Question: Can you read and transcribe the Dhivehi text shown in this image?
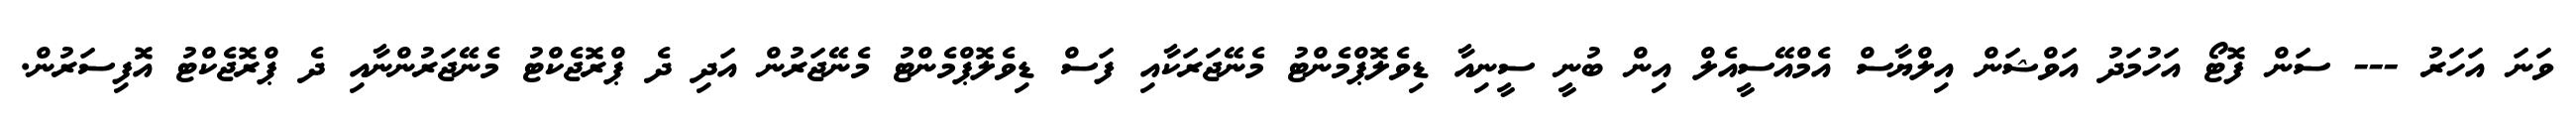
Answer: ވަނަ އަހަރު --- ސަން ފޮޓޯ އަހުމަދު އަވްޝަން އިލްޔާސް އެމްއޭސީއެލް އިން ބުނީ ސީނިއާ ޑިވެލޮޕްމެންޓު މެނޭޖަރަކާއި ފަސް ޑިވެލޮޕްމެންޓު މެނޭޖަރުން އަދި ދެ ޕްރޮޖެކްޓު މެނޭޖަރުންނާއި ދެ ޕްރޮޖެކްޓު އޮފިސަރުން.